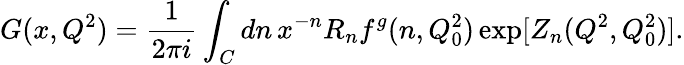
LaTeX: G(x,Q^{2})=\frac{1}{2\pi i}\int_{C}dn\, x^{-n}R_{n}f^{g}(n,Q_{0}^{2})\exp[Z_{n}(Q^{2},Q_{0}^{2})].